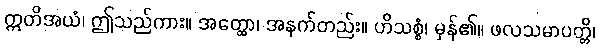
ဣတိအယံ၊ ဤသည်ကား။ အတ္ထော၊ အနက်တည်း။ ဟိသစ္စံ၊ မှန်၏။ ဖလသမာပတ္တိ၊